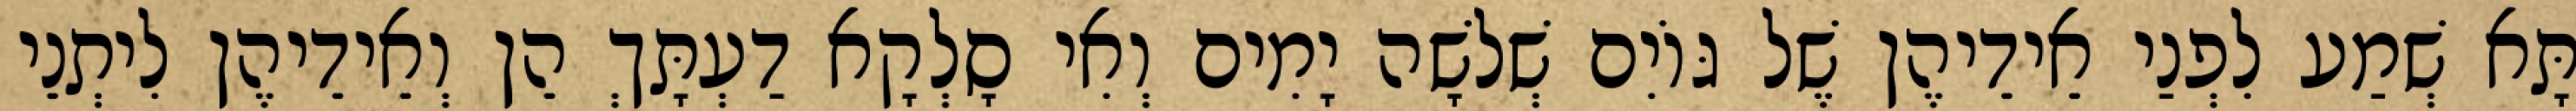
תָּא שְׁמַע לִפְנַי אֵידֵיהֶן שֶׁל גּוֹיִם שְׁלֹשָׁה יָמִים וְאִי סָלְקָא דַעְתָּךְ הֵן וְאֵידֵיהֶן לִיתְנֵי